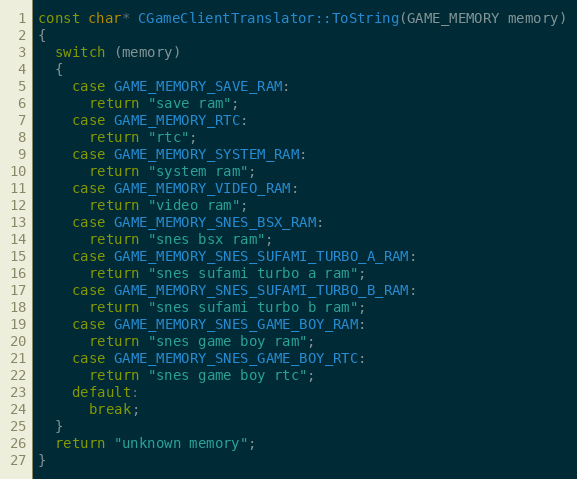
Language: C++
const char* CGameClientTranslator::ToString(GAME_MEMORY memory)
{
  switch (memory)
  {
    case GAME_MEMORY_SAVE_RAM:
      return "save ram";
    case GAME_MEMORY_RTC:
      return "rtc";
    case GAME_MEMORY_SYSTEM_RAM:
      return "system ram";
    case GAME_MEMORY_VIDEO_RAM:
      return "video ram";
    case GAME_MEMORY_SNES_BSX_RAM:
      return "snes bsx ram";
    case GAME_MEMORY_SNES_SUFAMI_TURBO_A_RAM:
      return "snes sufami turbo a ram";
    case GAME_MEMORY_SNES_SUFAMI_TURBO_B_RAM:
      return "snes sufami turbo b ram";
    case GAME_MEMORY_SNES_GAME_BOY_RAM:
      return "snes game boy ram";
    case GAME_MEMORY_SNES_GAME_BOY_RTC:
      return "snes game boy rtc";
    default:
      break;
  }
  return "unknown memory";
}